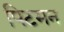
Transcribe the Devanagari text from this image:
पिटमन